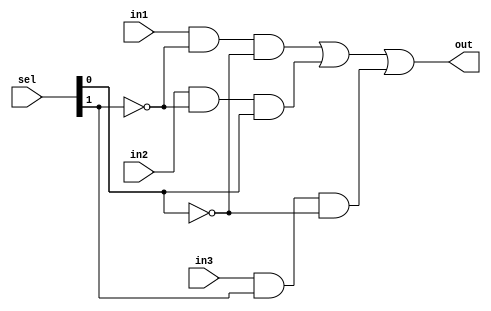
module mux3to2(out,sel,in1,in2,in3);
    input in1,in2,in3;
    input [1:0] sel;
    output out;
    wire a1,a2,a3;
    assign a1= in1 & ~sel[1] & ~sel[0];
    assign a2= in2 & ~sel[1] & sel[0];
    assign a3= in3 & sel[1] & ~sel[0];
    assign out =a1 |a2 |a3;
endmodule

module bit32_3to2mux(out,sel,in1,in2,in3);
    input [31:0] in1,in2,in3;
    output [31:0] out;
    input [1:0] sel;
    genvar j;
    //this is the variable that is be used in the generate block
    generate
        for(j=0;j<32;j=j+1)
        begin:
            mux_loop
            //mux_loop is the name of the loop
            mux3to2 m1(out[j],sel,in1[j],in2[j],in3[j]);
            //mux2to1 is instantiated every time it is called
        end
    endgenerate
endmodule

module tb_32bit3to2mux;
    // initial
    // begin
    //     $dumpfile("mux3to2_32.vcd");
    //     $dumpvars;
    // end
    reg [31:0] INP1, INP2,INP3;
    reg [1:0] SEL;
    wire [31:0] out;
    bit32_3to2mux M1(out,SEL,INP1,INP2,INP3);
    initial
    begin
        //$monitor(,$time, " INP1=%h INP2=%h INP3=%h OUT=%h SEL=%h",INP1,INP2,INP3,out,SEL);
        INP1=32'b10101010101010101010101010101010;
        INP2=32'b01010101010101010101010101010101;
        INP3=32'b11111111111111111111111111111111;
        SEL=2'b00;
        #10 SEL=2'b01;
        #10 SEL=2'b10;
        #10 SEL=2'b11;
        #10 $finish;
    end
endmodule